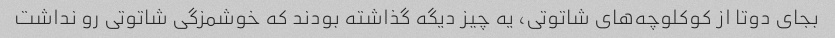
بجای دوتا از کوکلوچه‌های شاتوتی، یه چیز دیگه گذاشته بودند که خوشمزگی شاتوتی رو نداشت